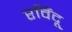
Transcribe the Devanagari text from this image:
रविंदू